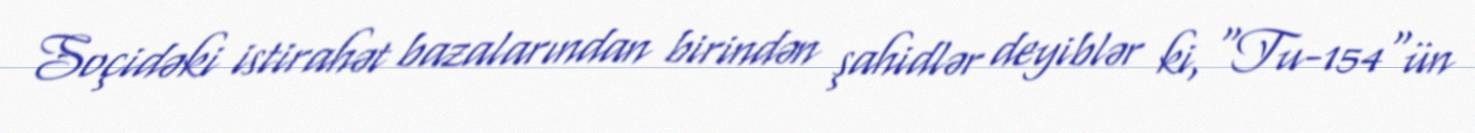
Soçidəki istirahət bazalarından birindən şahidlər deyiblər ki, “Tu-154"ün